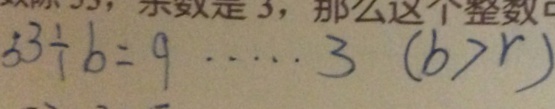
5 3 \div b = q \cdots 3 ( b > r )